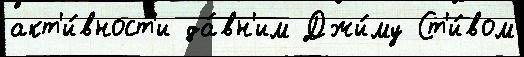
акт'и́вност'и да́вн'им Джи́му Ст'и́вом